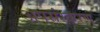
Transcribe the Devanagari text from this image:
अपसंस्करण